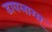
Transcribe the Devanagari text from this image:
डायलाग्स्